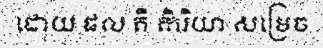
ដោយ ផល គឺ កិរិយា សម្រេច